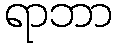
ရာဘာ